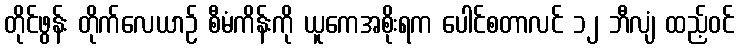
တိုင်ဖွန်း တိုက်လေယာဉ် စီမံကိန်းကို ယူကေအစိုးရက ပေါင်စတာလင် ၁၂ ဘီလျံ ထည့်ဝင်